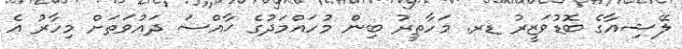
ލޭޝިއާގެ ބޮޑުވަޒީރު ޑރ. މަހާތީރު ބިން މުހައްމަދުގެ ޚާއްސަ ދައުވަތަށް މިހާރު އެ